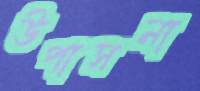
উপাসনা